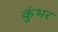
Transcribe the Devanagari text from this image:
कुंभर